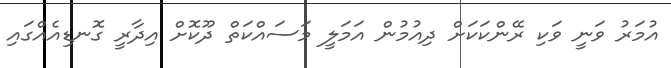
އުމަރު ވަނީ ވަކި ރޭންކަކަށް ދިއުމުން އަމަލީ މަސައްކަތް ދޫކޮށް އިދާރީ ގޮނޑިއެއްގައި